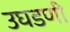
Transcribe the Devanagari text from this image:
उघडणी